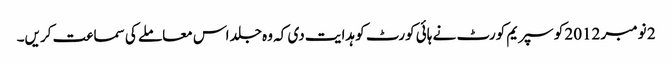
2 نومبر 2012 کو سپریم کورٹ نے ہائی کورٹ کو ہدایت دی کہ وہ جلد اس معاملے کی سماعت کریں۔